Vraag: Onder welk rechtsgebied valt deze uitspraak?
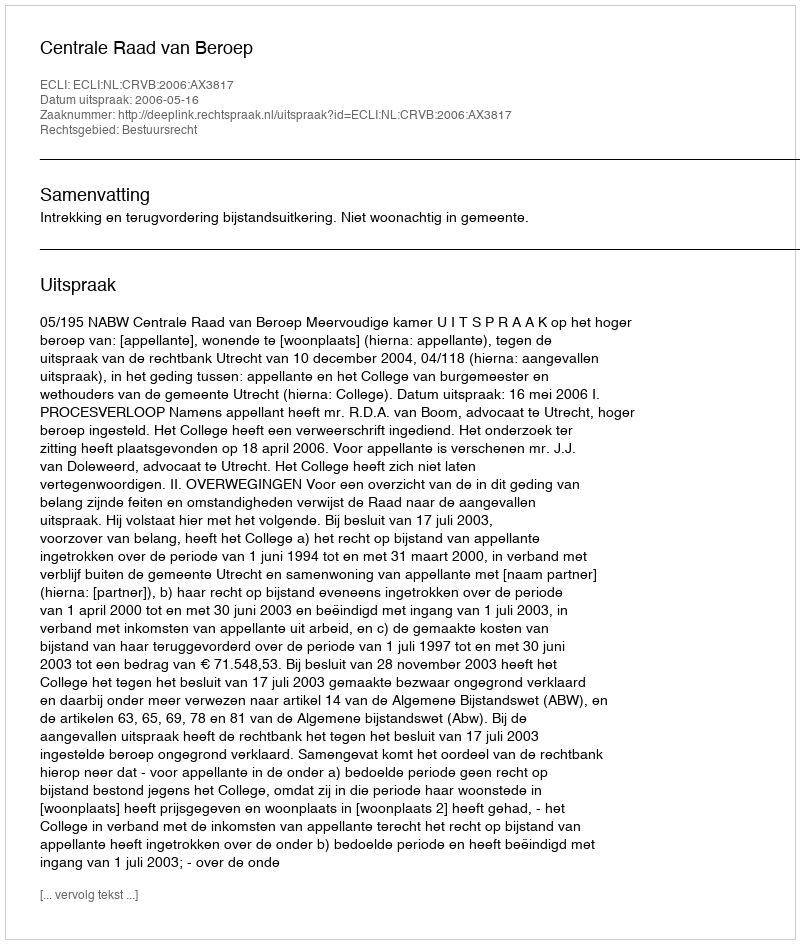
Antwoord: Bestuursrecht